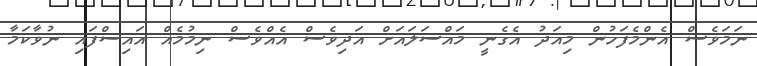
ނަމަވެސް އެންމެފަހުން މިއަދު އެގެނީ މައްސަލައަށް އަދިވެސް އެއްވެސް ނިމުމެއް އައިސްފައި ނުވާކަމާ